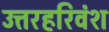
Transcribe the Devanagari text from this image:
उत्तरहरिवंश